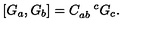
\left[ G _ { a } , G _ { b } \right] = C _ { a b } ^ { \quad c } G _ { c } .